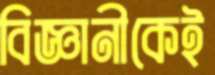
বিজ্ঞানীকেই